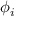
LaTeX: \ \phi _ { i }